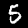
Label: 5